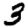
Digit: 3